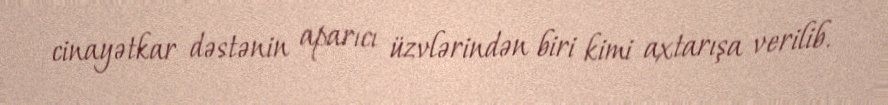
cinayətkar dəstənin aparıcı üzvlərindən biri kimi axtarışa verilib.